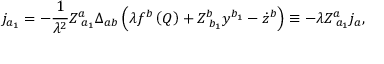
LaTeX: j _ { a _ { 1 } } = - \frac 1 { \lambda ^ { 2 } } Z _ { \; a _ { 1 } } ^ { a } \Delta _ { a b } \left( \lambda f ^ { b } \left( Q \right) + Z _ { \; b _ { 1 } } ^ { b } y ^ { b _ { 1 } } - \dot { z } ^ { b } \right) \equiv - \lambda Z _ { \; a _ { 1 } } ^ { a } j _ { a } ,